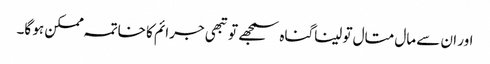
اور ان سے مال متال تو لیناگناہ سمجھے تو تبھی جرائم کا خاتمہ ممکن ہو گا۔